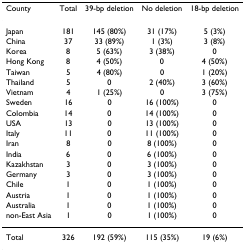
<table><thead><tr><td><b>County</b></td><td><b>Total</b></td><td><b>39-bp deletion</b></td><td><b>No deletion</b></td><td><b>18-bp deletion</b></td></tr></thead><tbody><tr><td>Japan</td><td>181</td><td>145 (80%)</td><td>31 (17%)</td><td>5 (3%)</td></tr><tr><td>China</td><td>37</td><td>33 (89%)</td><td>1 (3%)</td><td>3 (8%)</td></tr><tr><td>Korea</td><td>8</td><td>5 (63%)</td><td>3 (38%)</td><td>0</td></tr><tr><td>Hong Kong</td><td>8</td><td>4 (50%)</td><td>0</td><td>4 (50%)</td></tr><tr><td>Taiwan</td><td>5</td><td>4 (80%)</td><td>0</td><td>1 (20%)</td></tr><tr><td>Thailand</td><td>5</td><td>0</td><td>2 (40%)</td><td>3 (60%)</td></tr><tr><td>Vietnam</td><td>4</td><td>1 (25%)</td><td>0</td><td>3 (75%)</td></tr><tr><td>Sweden</td><td>16</td><td>0</td><td>16 (100%)</td><td>0</td></tr><tr><td>Colombia</td><td>14</td><td>0</td><td>14 (100%)</td><td>0</td></tr><tr><td>USA</td><td>13</td><td>0</td><td>13 (100%)</td><td>0</td></tr><tr><td>Italy</td><td>11</td><td>0</td><td>11 (100%)</td><td>0</td></tr><tr><td>Iran</td><td>8</td><td>0</td><td>8 (100%)</td><td>0</td></tr><tr><td>India</td><td>6</td><td>0</td><td>6 (100%)</td><td>0</td></tr><tr><td>Kazakhstan</td><td>3</td><td>0</td><td>3 (100%)</td><td>0</td></tr><tr><td>Germany</td><td>3</td><td>0</td><td>3 (100%)</td><td>0</td></tr><tr><td>Chile</td><td>1</td><td>0</td><td>1 (100%)</td><td>0</td></tr><tr><td>Austria</td><td>1</td><td>0</td><td>1 (100%)</td><td>0</td></tr><tr><td>Australia</td><td>1</td><td>0</td><td>1 (100%)</td><td>0</td></tr><tr><td>non-East Asia</td><td>1</td><td>0</td><td>1 (100%)</td><td>0</td></tr><tr><td>Total</td><td>326</td><td>192 (59%)</td><td>115 (35%)</td><td>19 (6%)</td></tr></tbody></table>